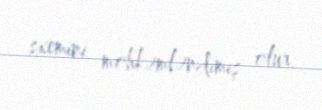
sxemini möhkəmləndimiş olur.